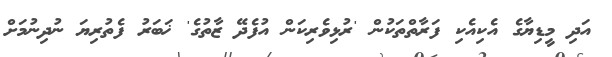
އަދި މީޑިޔާގެ އެކިއެކި ފަރާތްތަކުން 'ރުޅިވެރިކަން އުފެދޭ ޒާތުގެ' ޚަބަރު ފެތުރިޔަ ނުދިނުމަށް